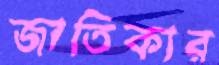
জাতিকার